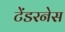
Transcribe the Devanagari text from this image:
टेंडरनेस